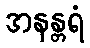
အနန္တရံ